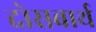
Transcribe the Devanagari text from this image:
दोसबार्थ